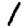
Digit: 1